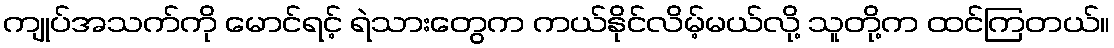
ကျုပ်အသက်ကို မောင်ရင့် ရဲသားတွေက ကယ်နိုင်လိမ့်မယ်လို့ သူတို့က ထင်ကြတယ်။